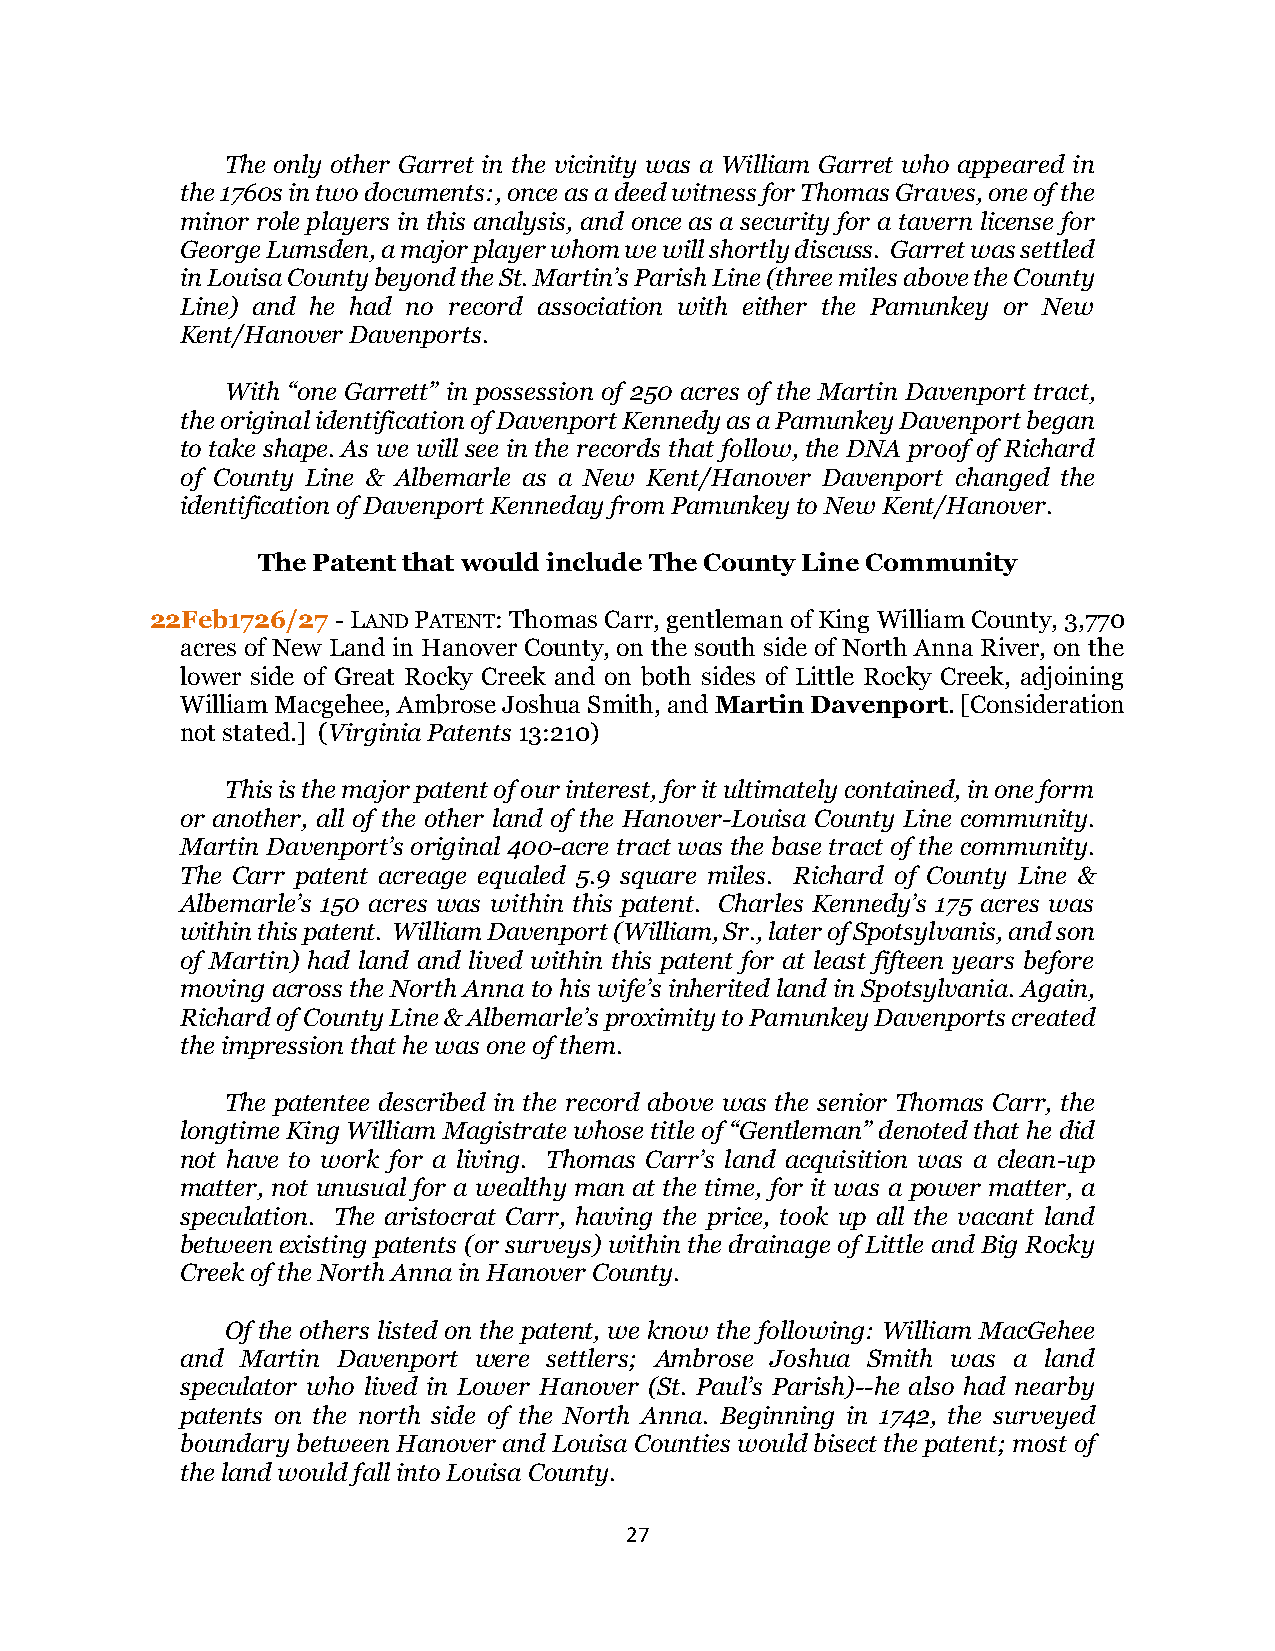
The only other Garret in the vicinity was a William Garret who appeared in
 the 1760s in two documents:, once as a deed witness for Thomas Graves, one of the
 minor role players in this analysis, and once as a security for a tavern license for
 George Lumsden, a major player whom we will shortly discuss. Garret was settled
 in Louisa County beyond the St. Martin’s Parish Line (three miles above the County
 Line) and he had no record association with either the Pamunkey or New
 Kent/Hanover Davenports.
 With “one Garrett” in possession of 250 acres of the Martin Davenport tract,
 the original identification of Davenport Kennedy as a Pamunkey Davenport began
 to take shape. As we will see in the records that follow, the DNA proof of Richard
 of County Line & Albemarle as a New Kent/Hanover Davenport changed the
 identification of Davenport Kenneday from Pamunkey to New Kent/Hanover.
 The Patent that would include The County Line Community
 22Feb1726/27 - LAND PATENT: Thomas Carr, gentleman of King William County, 3,770
 acres of New Land in Hanover County, on the south side of North Anna River, on the
 lower side of Great Rocky Creek and on both sides of Little Rocky Creek, adjoining
 William Macgehee, Ambrose Joshua Smith, and Martin Davenport. [Consideration
 not stated.] (Virginia Patents 13:210)
 This is the major patent of our interest, for it ultimately contained, in one form
 or another, all of the other land of the Hanover-Louisa County Line community.
 Martin Davenport’s original 400-acre tract was the base tract of the community.
 The Carr patent acreage equaled 5.9 square miles. Richard of County Line &
 Albemarle’s 150 acres was within this patent. Charles Kennedy’s 175 acres was
 within this patent. William Davenport (William, Sr., later of Spotsylvanis, and son
 of Martin) had land and lived within this patent for at least fifteen years before
 moving across the North Anna to his wife’s inherited land in Spotsylvania. Again,
 Richard of County Line & Albemarle’s proximity to Pamunkey Davenports created
 the impression that he was one of them.
 The patentee described in the record above was the senior Thomas Carr, the
 longtime King William Magistrate whose title of “Gentleman” denoted that he did
 not have to work for a living. Thomas Carr’s land acquisition was a clean-up
 matter, not unusual for a wealthy man at the time, for it was a power matter, a
 speculation. The aristocrat Carr, having the price, took up all the vacant land
 between existing patents (or surveys) within the drainage of Little and Big Rocky
 Creek of the North Anna in Hanover County.
 Of the others listed on the patent, we know the following: William MacGehee
 and Martin Davenport were settlers; Ambrose Joshua Smith was a land
 speculator who lived in Lower Hanover (St. Paul’s Parish)--he also had nearby
 patents on the north side of the North Anna. Beginning in 1742, the surveyed
 boundary between Hanover and Louisa Counties would bisect the patent; most of
 the land would fall into Louisa County.
 27